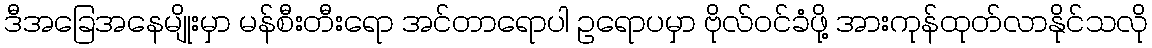
ဒီအခြေအနေမျိုးမှာ မန်စီးတီးရော အင်တာရောပါ ဥရောပမှာ ဗိုလ်ဝင်ခံဖို့ အားကုန်ထုတ်လာနိုင်သလို